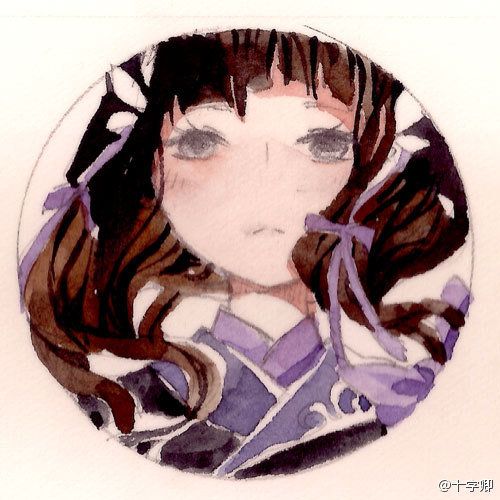
春如旧。人空瘦。泪痕红浥鲛绡透。